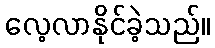
လေ့လာနိုင်ခဲ့သည်။